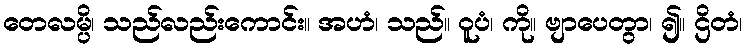
တေလမ္ပိ၊ သည်လည်းကောင်း။ အဟံ၊ သည်။ ဝူပံ၊ ကို။ ဗျာပေတွာ၊ ၍။ ဌိတံ၊